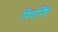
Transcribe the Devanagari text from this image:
पिचोर्निए